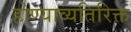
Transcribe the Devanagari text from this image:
होण्याव्यतिरिक्त